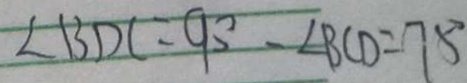
\angle B D C = 9 0 ^ { \circ } - \angle B C D = 7 5 ^ { \circ }